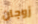
زوجان